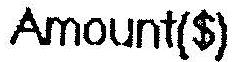
AMOUNT($)